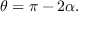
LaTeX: \theta = \pi - 2 \alpha .